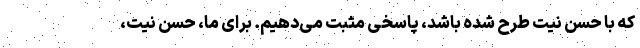
که با حسن نیت طرح شده باشد، پاسخی مثبت می‌دهیم. برای ما، حسن نیت،